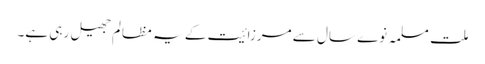
ملت مسلمہ نوے سال سے مرزائیت کے یہ مظالم جھیل رہی ہے۔